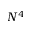
N ^ { 4 }